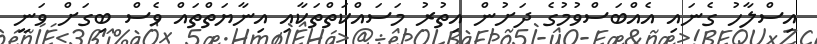
އިސްލާހު ގެނައި އެއްބަސްވުމުގެ ދަށުން އިތުރު މަސައްކަތްތަކާއި އިނާޔަތްތައް ވެސް ބިގަށް ވަނީ